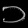
Digit: ၁